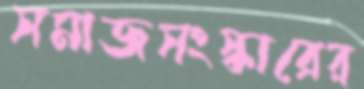
সমাজসংস্কারের